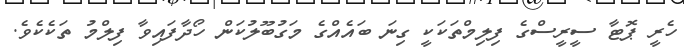
ހެރީ ޕޮޓާ ސީރީސްގެ ފިލިމްތަކަކީ ގިނަ ބައެއްގެ މަގުބޫލުކަން ހޯދާފައިވާ ފިލްމު ތަކެކެވެ.